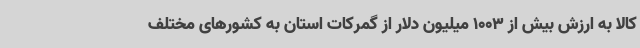
کالا به ارزش بیش از 1003 میلیون دلار از گمرکات استان به کشورهای مختلف